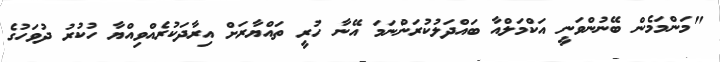
"މަންމަމެން ބޭނުންވަނީ އަކްމަލްއާ ބައްދަލުކުރަންނަމަ އޭނާ ހުރީ ތައްޔާރަށް އިރާދަކުރެއްވިއްޔާ ހުކުރު ދުވަހުގެ